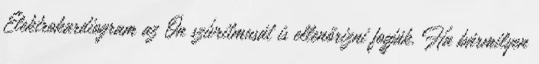
Elektrokardiogram az Ön szívritmusát is ellenőrizni fogják. Ha bármilyen